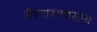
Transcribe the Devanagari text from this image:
वैश्याव्यवसाय